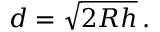
d = { \sqrt { 2 R h } } \, .